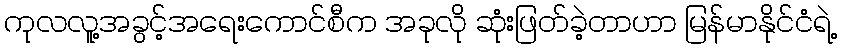
ကုလလူ့အခွင့်အရေးကောင်စီက အခုလို ဆုံးဖြတ်ခဲ့တာဟာ မြန်မာနိုင်ငံရဲ့